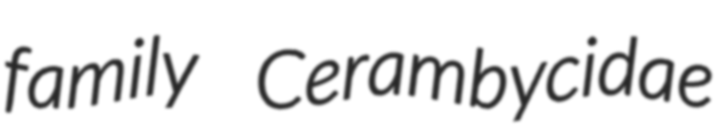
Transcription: family Cerambycidae